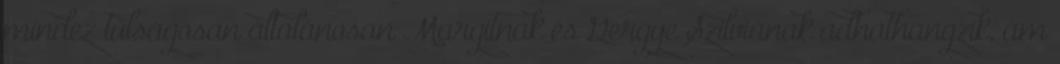
mindez túlságosan általánosan Margitnak és Gergye Szilviának adhathangzik, ám